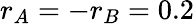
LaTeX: r_{A}=-r_{B}=0.2